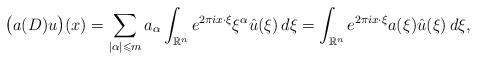
LaTeX: \begin{align*}\big( a(D)u \big)(x) = \sum_{|\alpha|\leqslant m} a_{\alpha} \int_{\mathbb{R}^n} e^{2 \pi i x \cdot \xi} \xi^{\alpha} \hat{u}(\xi) \, d\xi = \int_{\mathbb{R}^n} e^{2 \pi i x \cdot \xi} a(\xi) \hat{u}(\xi) \, d\xi,\end{align*}